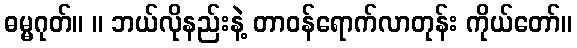
ဓမ္မဂုတ်။ ။ ဘယ်လိုနည်းနဲ့ တာဝန်ရောက်လာတုန်း ကိုယ်တော်။